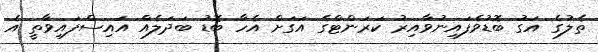
ތެލުގެ އަގު ބޮޑުވެފައިނުވާއިރު ކަރަންޓްގެ އަގަށް އެހާ ބޮޑު ބަދަލެއް އައިސްފައިވާތީ އެ